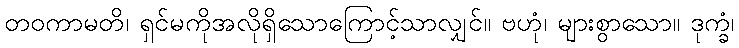
တဝကာမတိ၊ ရှင်မကိုအလိုရှိသောကြောင့်သာလျှင်။ ဗဟုံ၊ များစွာသော။ ဒုက္ခံ၊